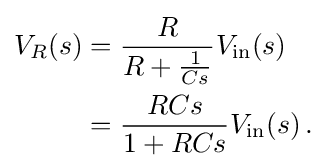
{\begin{aligned}V_{R}(s)&={\frac {R}{R+{\frac {1}{Cs}}}}V_{\mathrm {in} }(s)\\&={\frac {RCs}{1+RCs}}V_{\mathrm {in} }(s)\,.\end{aligned}}